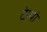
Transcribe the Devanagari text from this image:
टेम्‍पो